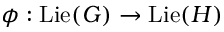
\phi : \operatorname { L i e } ( G ) \to \operatorname { L i e } ( H )